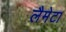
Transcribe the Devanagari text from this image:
लैमेटा